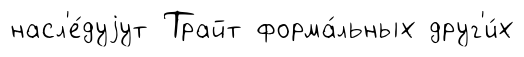
насл'е́дуjут Трайт форма́льных друг'и́х